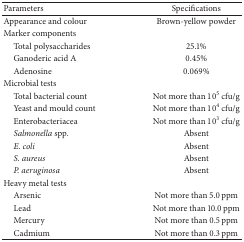
<table><thead><tr><td><b>Parameters</b></td><td><b>Specifications</b></td></tr></thead><tbody><tr><td>Appearance and colour</td><td>Brown-yellow powder</td></tr><tr><td>Marker components</td><td> </td></tr><tr><td> Total polysaccharides</td><td>25.1%</td></tr><tr><td> Ganoderic acid A</td><td>0.45%</td></tr><tr><td> Adenosine</td><td>0.069%</td></tr><tr><td>Microbial tests</td><td> </td></tr><tr><td> Total bacterial count </td><td>Not more than 10<sup>5</sup> cfu/g </td></tr><tr><td> Yeast and mould count </td><td>Not more than 10<sup>4</sup> cfu/g </td></tr><tr><td> Enterobacteriacea </td><td>Not more than 10<sup>3</sup> cfu/g </td></tr><tr><td><i> Salmonella </i>spp. </td><td>Absent </td></tr><tr><td><i> E. coli </i></td><td>Absent </td></tr><tr><td><i> S. aureus </i></td><td>Absent </td></tr><tr><td><i> P. aeruginosa </i></td><td>Absent </td></tr><tr><td>Heavy metal tests</td><td> </td></tr><tr><td> Arsenic </td><td>Not more than 5.0 ppm </td></tr><tr><td> Lead </td><td>Not more than 10.0 ppm </td></tr><tr><td> Mercury </td><td>Not more than 0.5 ppm </td></tr><tr><td> Cadmium </td><td>Not more than 0.3 ppm </td></tr></tbody></table>